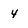
Character: 4